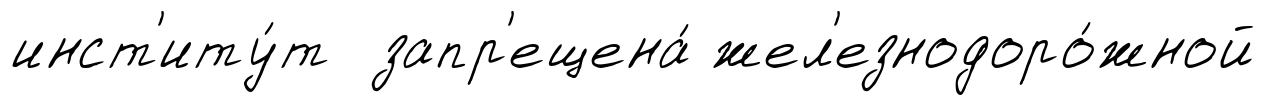
инст'иту́т запр'ещена́ жел'езнодоро́жной